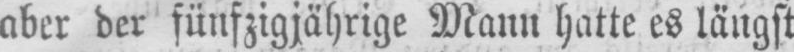
aber der fünfzigjährige Mann hatte es längst